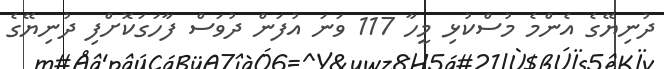
ދުނިޔޭގެ އެންމެ މުސްކުޅި މީހާ 117 ވަނަ އުފަން ދުވަސް ފާހަގަކޮށްފި ދުނިޔޭގެ